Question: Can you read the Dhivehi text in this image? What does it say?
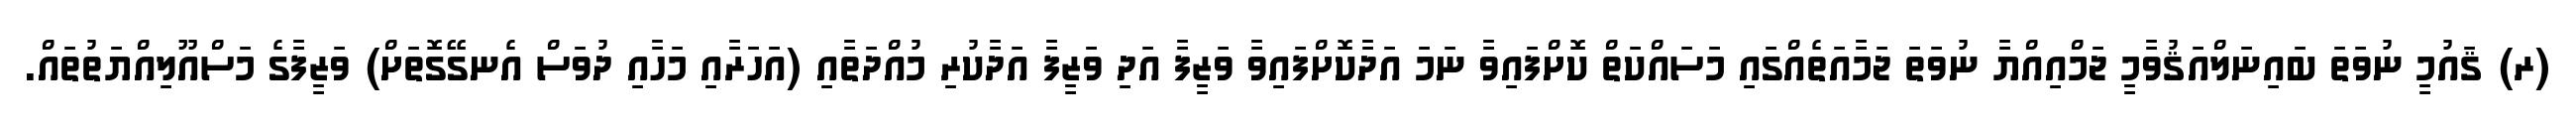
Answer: (ރ) ޤައުމީ ނުވަތަ ބައިނަލްއަޤުވާމީ ޖަމްއިއްޔާ ނުވަތަ ޖަމާއަތެއްގައި މަސައްކަތް ކޮށްފައިވާ ނަމަ އަދާކޮށްފައިވާ ވަޒީފާ އަދި ވަޒީފާ އަދާކުރި މުއްދަތާއި (އަހަރާއި މަހާއި ދުވަސް އެނގޭގޮތަށް) ވަޒީފާގެ މަސްއޫލިއްޔަތުތައް.